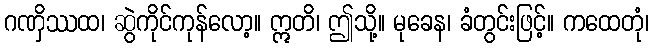
ဂဏှိဿထ၊ ဆွဲကိုင်ကုန်လော့။ ဣတိ၊ ဤသို့။ မုခေန၊ ခံတွင်းဖြင့်။ ကထေတုံ၊